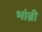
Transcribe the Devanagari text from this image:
भांब्री